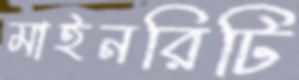
মাইনরিটি